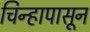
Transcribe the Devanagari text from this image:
चिन्हापासून